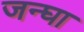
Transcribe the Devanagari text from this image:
जन्घा